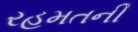
રહમતની